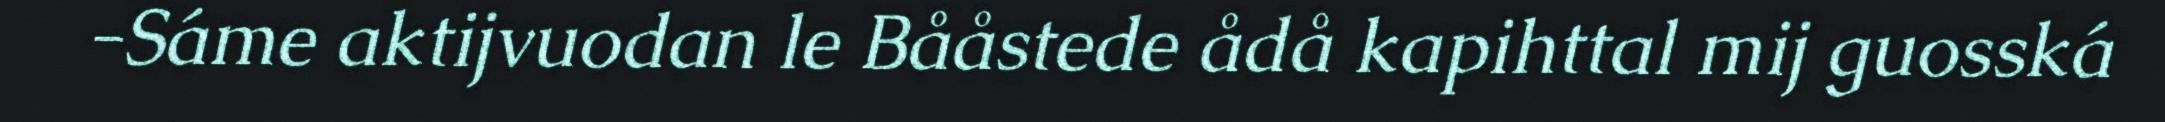
-Sáme aktijvuodan le Bååstede ådå kapihttal mij guosská